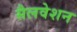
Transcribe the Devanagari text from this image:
सैलवेशन